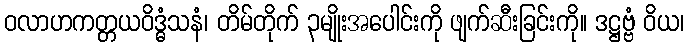
ဝလာဟကတ္တယဝိဒ္ဓံသနံ၊ တိမ်တိုက် ၃မျိုးအပေါင်းကို ဖျက်ဆီးခြင်းကို။ ဒဋ္ဌဗ္ဗံ ဝိယ၊